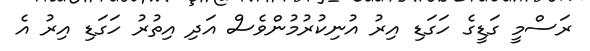
ރަސްމީ ގަޑީގެ ހަގަޑި އިރު އުނިކުރުމުންވެސް އަދި އިތުރު ހަގަޑި އިރު އެ